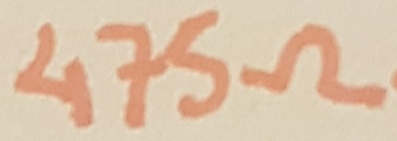
Text: 475Ω